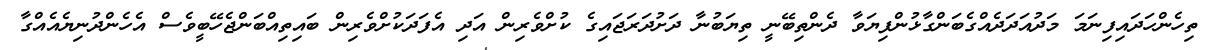
ތިހެންހަދައިފިނަމަ މަދުއަދަދެއްގެބަންގާޅުންފިޔަވާ ދެންތިބޭނީ ތިޔަބުނާ ދަށުދަރަޖައިގެ ކުށްވެރިން އަދި އެފަދަކުށްވެރިން ބައިތިއްބަންޖެހޭބީވެސް އެހެންދުނިޔެއެއްގާ